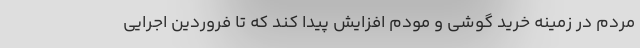
مردم در زمینه خرید گوشی و مودم افزایش پیدا کند که تا فروردین اجرایی